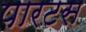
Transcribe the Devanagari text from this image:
पारटस